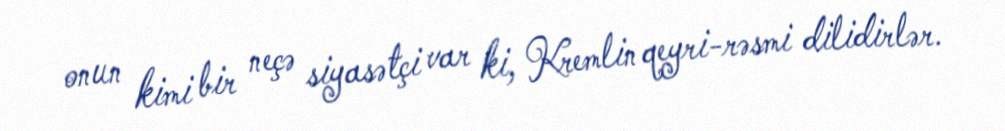
onun kimi bir neçə siyasətçi var ki, Kremlin qeyri-rəsmi dilidirlər.